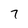
Character: 7